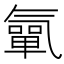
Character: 㲷